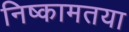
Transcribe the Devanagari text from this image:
निष्कामतया